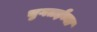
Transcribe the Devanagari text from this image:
चुगतईच्या